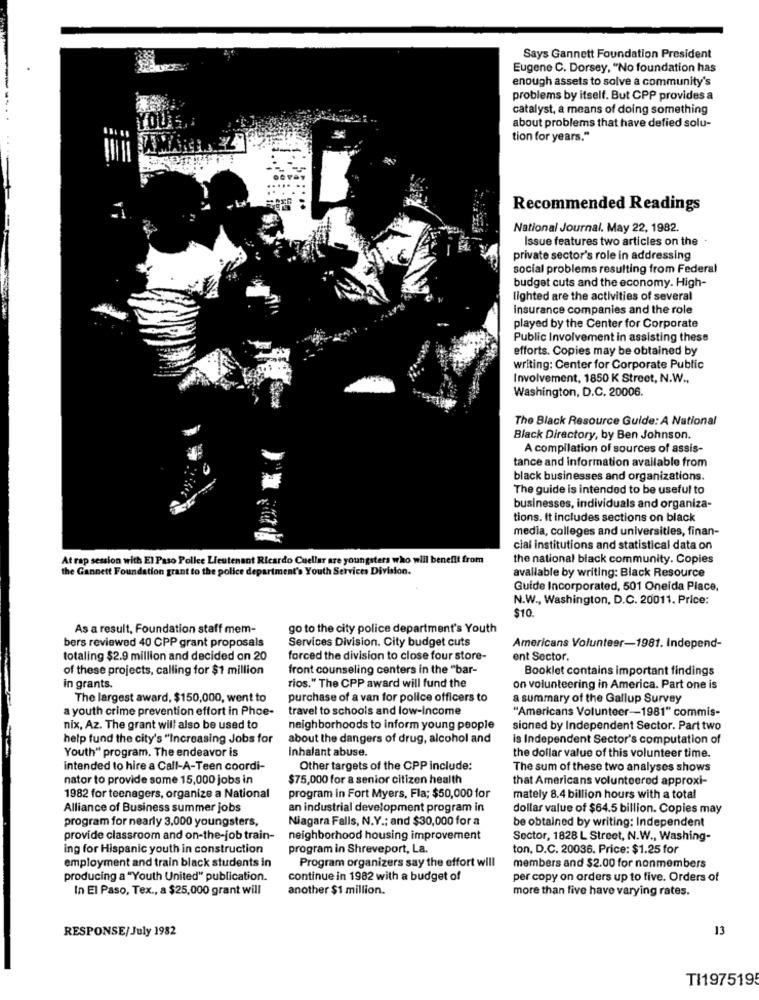
Says Gannett Foundation President
Eugene C. Dorsey, "No foundation has
enough assets to solve a community's
problems by itself. But CPP provides a
catalyst, a means of doing something
about problems that have defied solu-
tion for years."
Recommended Readings
National Journal. May 22, 1982.
Issue features two articles on the
private sector's role in addressing
social problems resulting from Federal
budget cuts and the economy. High-
lighted are the activities of several
insurance companies and the role
played by the Center for Corporate
Public Involvement in assisting these
efforts. Copies may be obtained by
writing: Center for Corporate Public
Involvement, 1850 K Street, N.W .,
Washington, D.C. 20006.
The Black Resource Guide: A National
Black Directory, by Ben Johnson.
A compilation of sources of assis-
tance and information available from
black businesses and organizations.
The guide is intended to be useful to
businesses, individuals and organiza-
tions. It includes sections on black
media, colleges and universities, finan-
cial institutions and statistical data on
At rap session with El Paso Pollee Lieutenant Ricardo Cuellar are youngsters who will benefit from
the national black community. Copies
the Gannett Foundation grant to the police department's Youth Services Division.
available by writing: Black Resource
Guide Incorporated, 501 Oneida Place,
N.W ., Washington, D.C. 20011. Price:
$10.
As a result, Foundation staff mem-
go to the city police department's Youth
bers reviewed 40 CPP grant proposals
Services Division. City budget cuts
Americans Volunteer-1981. Independ-
totaling $2.9 million and decided on 20
forced the division to close four store-
ent Sector.
of these projects, calling for $1 million
front counseling centers in the "bar-
Booklet contains important findings
in grants.
rios." The CPP award will fund the
on volunteering in America. Part one is
The largest award, $150,000, went to
purchase of a van for police officers to
a summary of the Gallup Survey
a youth crime prevention effort in Phoe-
travel to schools and low-Income
"Americans Volunteer-1981" commis-
nix, Az. The grant will also be used to
neighborhoods to inform young people
sioned by Independent Sector. Part two
help fund the city's "Increasing Jobs for
about the dangers of drug, alcohol and
is Independent Sector's computation of
Youth" program. The endeavor is
Inhalant abuse.
the dollar value of this volunteer time.
intended to hire a Call-A-Teen coordi-
Other targets of the CPP include:
The sum of these two analyses shows
nator to provide some 15,000 jobs in
$75,000 for a senior citizen health
that Americans volunteered approxi-
1982 for teenagers, organize a National
program in Fort Myers, Fla; $50,000 for
mately 8.4 billion hours with a total
Alliance of Business summer jobs
an industrial development program in
dollar value of $64.5 billion. Copies may
program for nearly 3,000 youngsters,
Niagara Falls, N.Y .; and $30,000 for a
be obtained by writing: Independent
provide classroom and on-the-job train- neighborhood housing improvement
Sector, 1828 L Street, N.W ., Washing-
ing for Hispanic youth in construction
program in Shreveport, La.
ton, D.C. 20036. Price: $1.25 for
Program organizers say the effort will
employment and train black students in
members and $2.00 for nonmembers
producing a "Youth United" publication.
continue in 1982 with a budget of
per copy on orders up to five. Orders of
In El Paso, Tex ., a $25,000 grant will
another $1 million.
more than five have varying rates.
RESPONSE/July 1982
13
TI197519